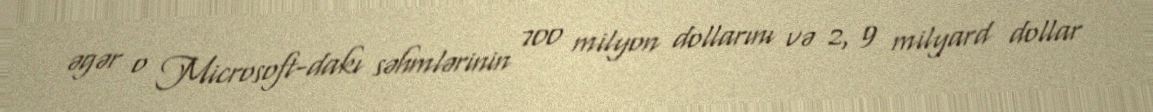
əgər o Microsoft-dakı səhmlərinin 700 milyon dollarını və 2, 9 milyard dollar